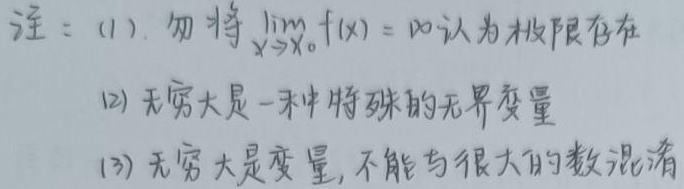
注：(1). 勿将$\lim\limits_{x \to x_0} f(x) = \infty$认为极限存在
(2) 无穷大是一种特殊的无界变量
(3) 无穷大是变量, 不能与很大的数混淆